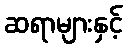
ဆရာများနှင့်